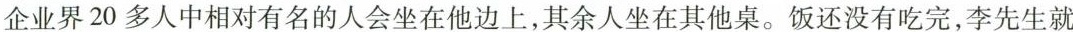
企业界20多人中相对有名的人会坐在他边上，其余人坐在其他桌。饭还没有吃完，李先生就